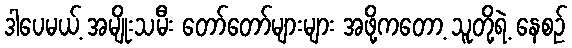
ဒါပေမယ့် အမျိုးသမီး တော်တော်များများ အဖို့ကတော့ သူတို့ရဲ့ နေစဉ်